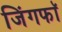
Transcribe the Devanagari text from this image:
जिंगफाॅ